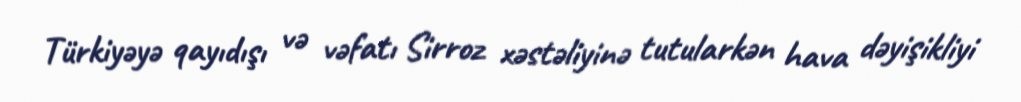
Türkiyəyə qayıdışı və vəfatı Sirroz xəstəliyinə tutularkən hava dəyişikliyi